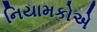
નિયામકોએ